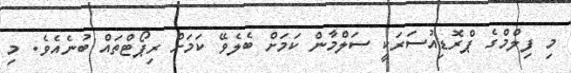
މި ފިލްމްގެ ޕްރޮޑިއުސަރަކީ ސަލްމާން ކަމަށް ބެލެވޭ ކަމަށް ރިޕޯޓްތައް ބުނެއެވެ. މި